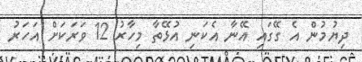
ދިޔުމުން އެ ގޭގައި އޭނާ އެކަނި އުޅޭތާ މިހާރު 12 ވަރަކަށް އަހަރު